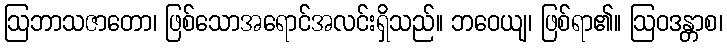
ဩဘာသဇာတော၊ ဖြစ်သောအရောင်အလင်းရှိသည်။ ဘဝေယျ၊ ဖြစ်ရာ၏။ ဩဝဒန္တာစ၊